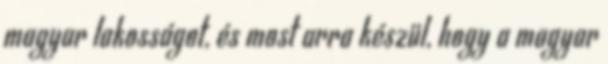
magyar lakosságot, és most arra készül, hogy a magyar